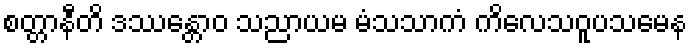
စတ္တာနီတိ ဒဿေန္တာဝ သညာယမ မံသသာကံ ကိလေသဝူပသမေန